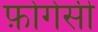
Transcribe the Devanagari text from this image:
फ़ोगेसी